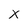
Character: X